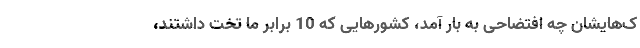
ک‌هایشان چه افتضاحی به بار آمد، کشورهایی که 10 برابر ما تخت داشتند،